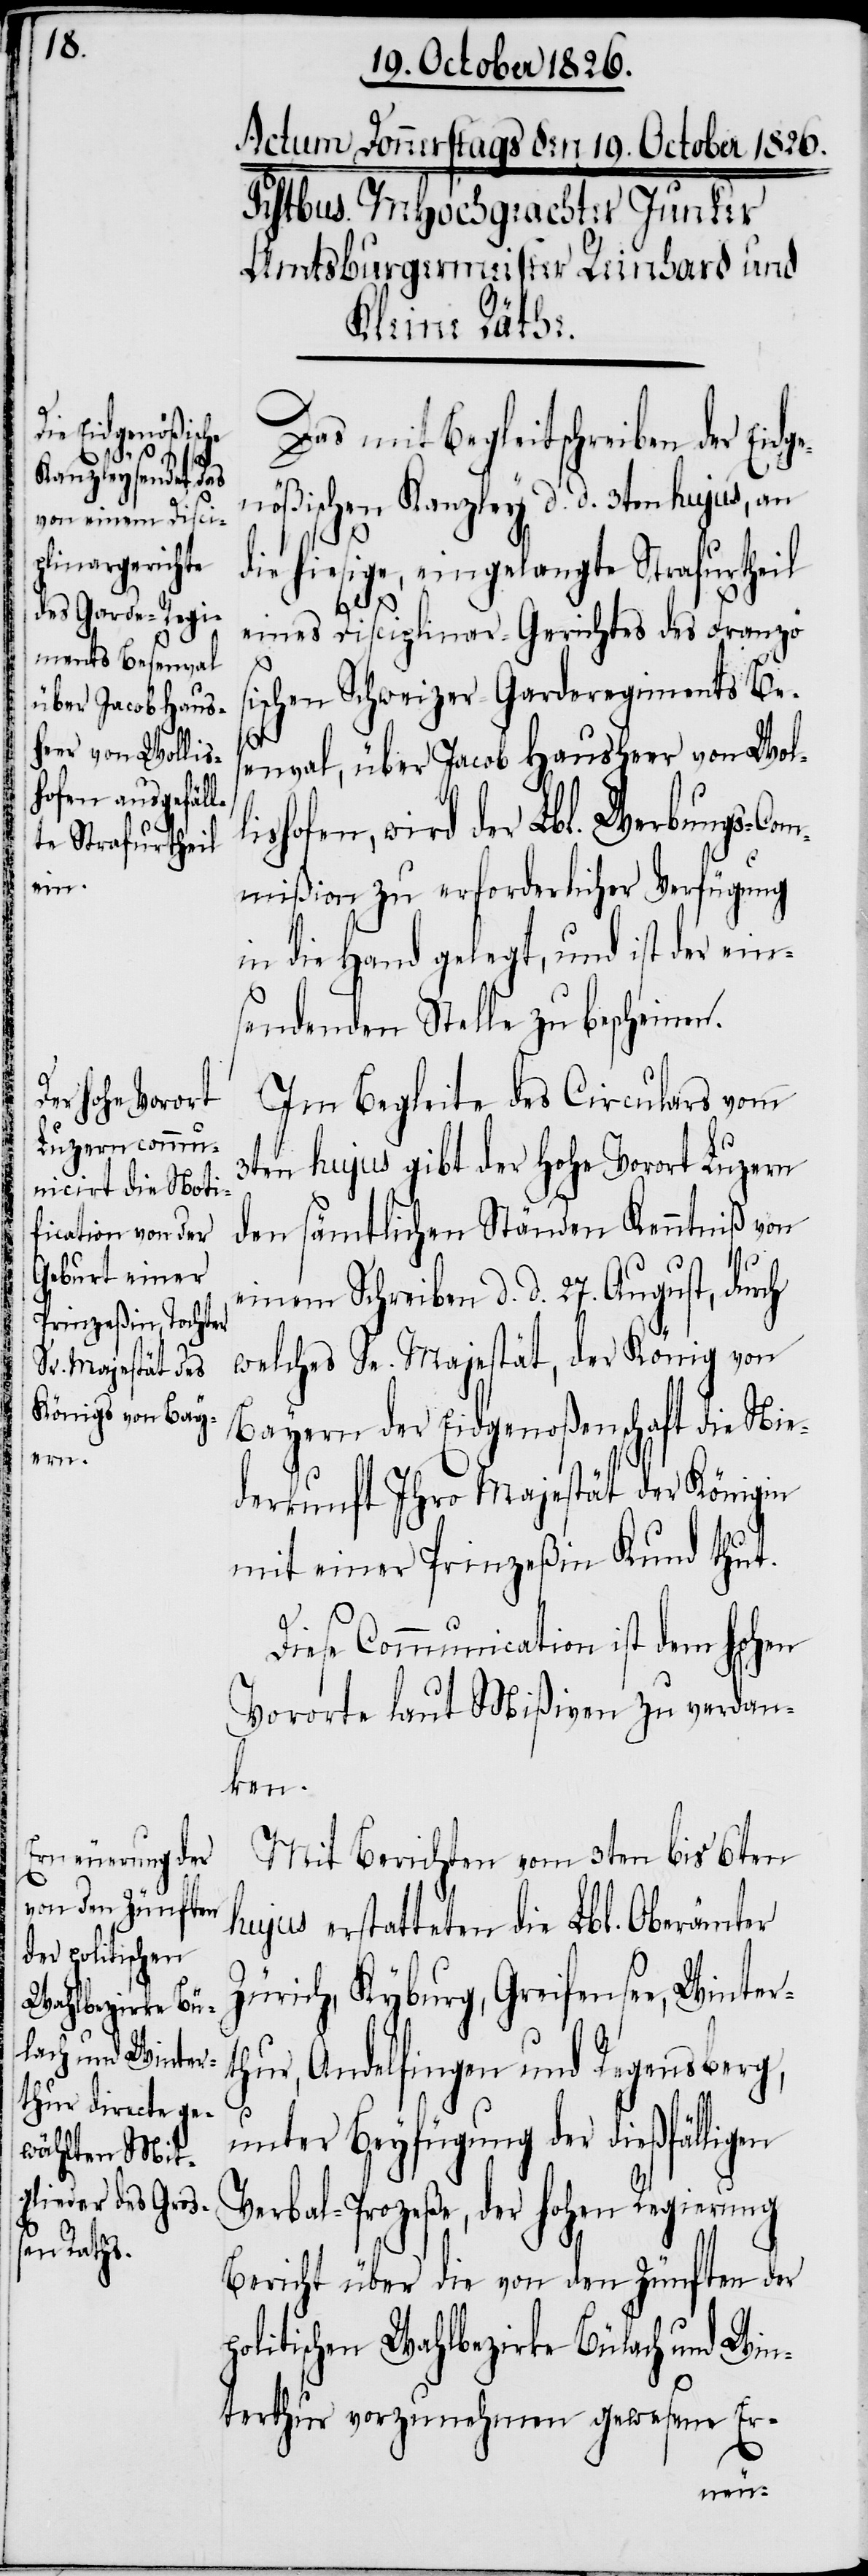
ge¬
l¬

Das mit Begleitschreiben der Eid¬
nößischen Kanzley d. d. 3ten hujus, an
die hiesige, eingelangte Strafurtheil
eines Disciplinar-Gerichtes des Französ¬
ischen Schweizer-Garderegiments Bes¬
enval, über Jacob Hausheer von Wol¬
ishofen, wird der Lbl. Werbungs-Com¬
mißion zu erforderlicher Verfügung
in die Hand gelegt, und ist der ein¬
sendenden Stelle zu bescheinen.
Im Begleite des Circulars vom
3ten hujus gibt der hohe Vorort Luzern
den sämtlichen Ständen Kenntniß von
einem Schreiben d. d. 27. August, durch
welches Se. Majestät, der König von
Bayern der Eidgenoßenschaft die Nie¬
derkunft Ihro Majestät der Königin
mit einer Prinzeßin Kund thut.
Diese Communication ist dem hohen
Vororte laut Mißiven zu verdan¬
ken.
Mit Berichten vom 3ten bis 6ten
hujus erstatteten die Lbl. Oberämter
Zürich, Kyburg, Greifensee, Winter¬
thur, Andelfingen und Regensberg,
unter Beyfügung der dießfälligen
Verbal-Prozeße, der hohen Regierung
Bericht über die von den Zünften der
politischen Wahlbezirke Bülach und Win¬
terthur vorzunehmen gewesene Er-